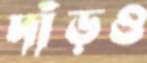
দাঁড়ও